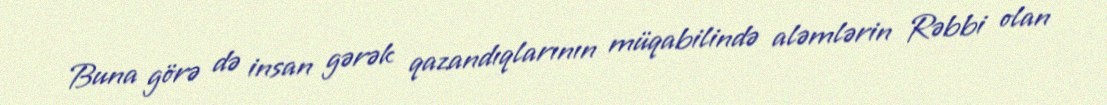
Buna görə də insan gərək qazandıqlarının müqabilində aləmlərin Rəbbi olan